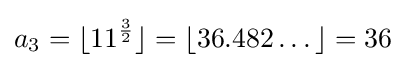
a_{3}=\lfloor 11^{\frac {3}{2}}\rfloor =\lfloor 36.482\dots \rfloor =36